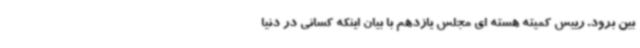
بین برود. رییس کمیته هسته ای مجلس یازدهم با بیان اینکه کسانی در دنیا